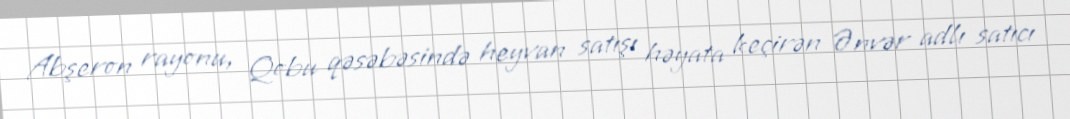
Abşeron rayonu, Qobu qəsəbəsində heyvan satışı həyata keçirən Ənvər adlı satıcı